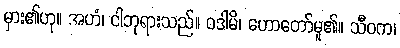
မှား၏ဟု။ အဟံ၊ ငါဘုရားသည်။ ဝဒါမိ၊ ဟောတော်မူ၏။ သီဝက၊